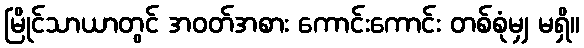
မြိုင်သာယာတွင် အဝတ်အစား ကောင်းကောင်း တစ်စုံမျှ မရှိ။